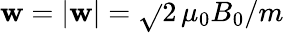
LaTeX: \mathbf{w}=|{\mathbf{\mathbf{w}}}|=\sqrt{}{{2\, \mu_{0}B_{0}/m}}